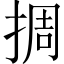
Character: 㨄